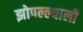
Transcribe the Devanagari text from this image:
झोपल्ल्याली